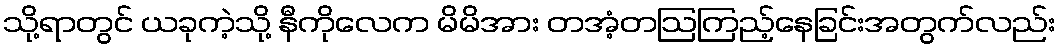
သို့ရာတွင် ယခုကဲ့သို့ နီကိုလေက မိမိအား တအံ့တဩကြည့်နေခြင်းအတွက်လည်း